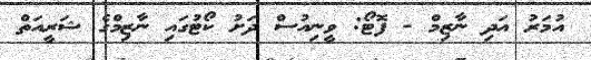
އުމަރު އަދި ނާޒިމް - ފޮޓޯ: ވީނިއުސް ދަށު ކޯޓުގައި ނާޒިމްގެ ޝަރީއަތް